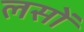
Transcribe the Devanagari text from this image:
लसों